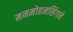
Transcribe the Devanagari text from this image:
मनमोहनसिंगने